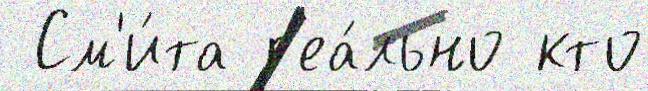
 См'и́та р'еа́льно кто